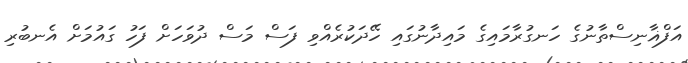
އަފްޣާނިސްތާނުގެ ހަނގުރާމައިގެ މައިދާނުގައި ހޭދަކުރެއްވި ފަސް މަސް ދުވަހަށް ފަހު ގައުމަށް އެނބުރި